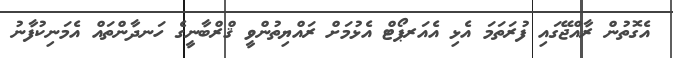
އެގޮތުން ރާއްޖޭގައި ފުރަތަމަ އެޅި އެއަރޕޯޓް އެޅުމަށް ރައްޔިތުންވީ ޤްރްބާނީގެ ހަނދާންތައް އެމަނިކުފާނު